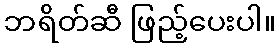
ဘရိတ်ဆီ ဖြည့်ပေးပါ။